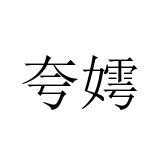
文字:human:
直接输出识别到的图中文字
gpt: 夸嫮